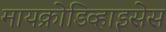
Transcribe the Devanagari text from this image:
मायक्रोडिव्हाइसेस